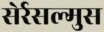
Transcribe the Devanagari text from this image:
सेर्रसल्मुस